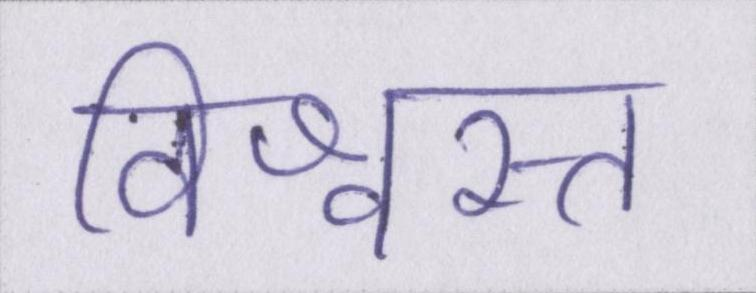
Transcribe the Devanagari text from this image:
विश्वस्त